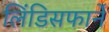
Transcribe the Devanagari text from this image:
लिंडिसफार्ने